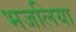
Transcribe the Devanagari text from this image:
भजलिया